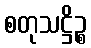
စတုသဋ္ဌိဉ္စ